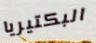
البكتيريا